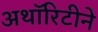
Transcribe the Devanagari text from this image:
अथॉरिटीने